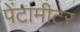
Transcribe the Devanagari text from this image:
पेंटामीटर